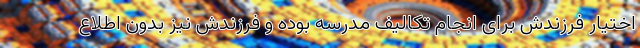
اختیار فرزندش برای انجام تکالیف مدرسه بوده و فرزندش نیز بدون اطلاع